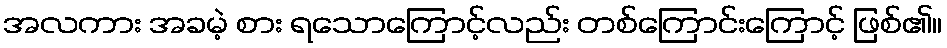
အလကား အခမဲ့ စား ရသောကြောင့်လည်း တစ်ကြောင်းကြောင့် ဖြစ်၏။